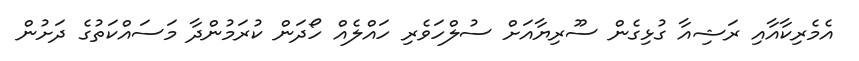
އެމެރިކާއާއި ރަޝިއާ ގުޅިގެން ސޫރިޔާއަށް ސުލްހަވެރި ހައްލެއް ހޯދަން ކުރަމުންދާ މަސައްކަތުގެ ދަށުން